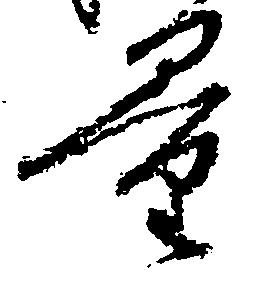
量